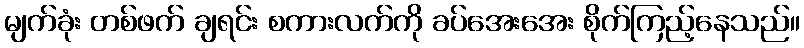
မျက်ခုံး တစ်ဖက် ချရင်း စကားလက်ကို ခပ်အေးအေး စိုက်ကြည့်နေသည်။